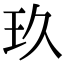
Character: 玖